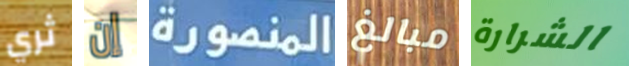
ثري إن المنصورة مبالغ الشرارة